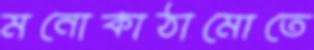
মনোকাঠামোতে